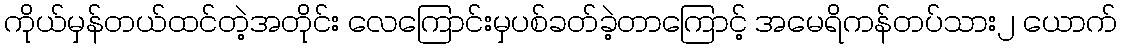
ကိုယ်မှန်တယ်ထင်တဲ့အတိုင်း လေကြောင်းမှပစ်ခတ်ခဲ့တာကြောင့် အမေရိကန်တပ်သား၂ ယောက်